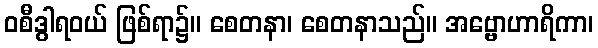
ဝစီဒွါရဝယ် ဖြစ်ရာ၌။ စေတနာ၊ စေတနာသည်။ အဗ္ဗောဟာရိကာ၊